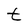
Character: t